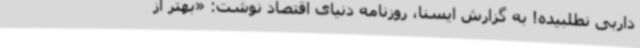
داربی نطلبیده! به گزارش ایسنا، روزنامه دنیای‌ اقتصاد نوشت: «بهتر از